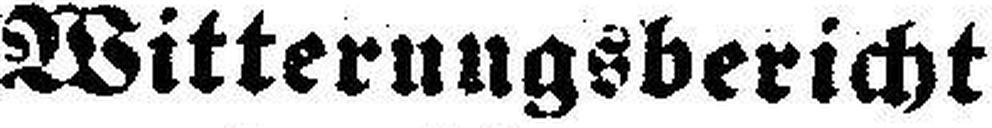
Witterungsbericht